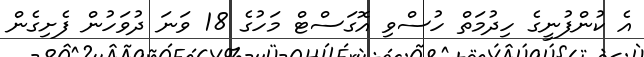
އެ ކުންފުނީގެ ހިދުމަތް ހުސްވި އޮގަސްޓް މަހުގެ 18 ވަނަ ދުވަހުން ފެށިގެން